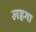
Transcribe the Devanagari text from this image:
लहगा